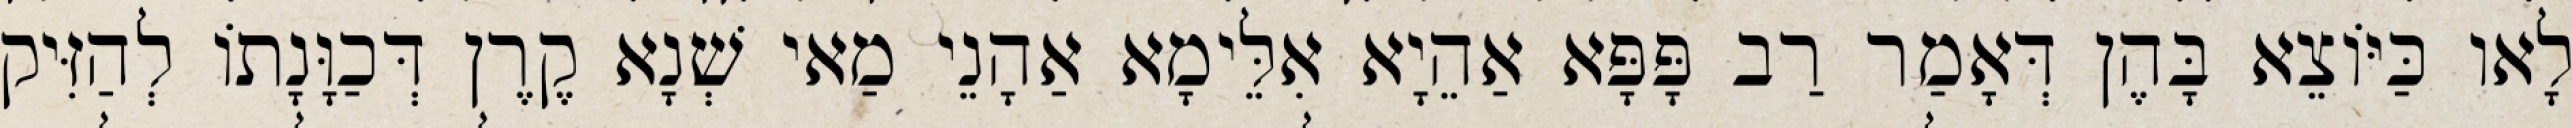
לָאו כַּיּוֹצֵא בָּהֶן דְּאָמַר רַב פָּפָּא אַהֵיָא אִלֵּימָא אַהָנֵי מַאי שְׁנָא קֶרֶן דְּכַוָּנָתוֹ לְהַזִּיק